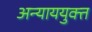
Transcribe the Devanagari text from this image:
अन्याययुक्त